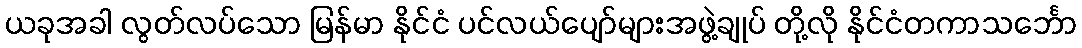
ယခုအခါ လွတ်လပ်သော မြန်မာ နိုင်ငံ ပင်လယ်ပျော်များအဖွဲ့ချုပ် တို့လို နိုင်ငံတကာသင်္ဘော